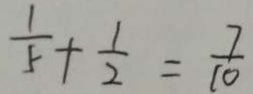
\frac { 1 } { 5 } + \frac { 1 } { 2 } = \frac { 7 } { 1 0 }